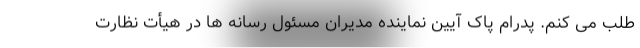
طلب می کنم. پدرام پاک آیین نماینده مدیران مسئول رسانه ها در هیأت نظارت